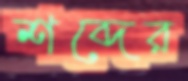
শব্দের